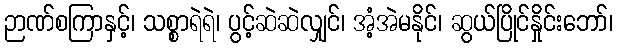
ဉာဏ်စကြာနှင့်၊ သစ္စာရဲရဲ၊ ပွင့်ဆဲဆဲလျှင်၊ အံ့အဲမနိုင်၊ ဆွယ်ပြိုင်နှိုင်းဘော်၊